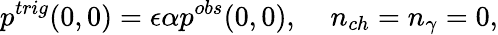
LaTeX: p^{trig}(0,0)=\epsilon\alpha p^{obs}(0,0),\; \; \; \; n_{ch}=n_{\gamma}=0,